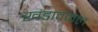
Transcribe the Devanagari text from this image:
खंडावकल